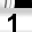
Digit: 1